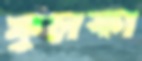
ফুলকা